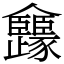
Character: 㒪